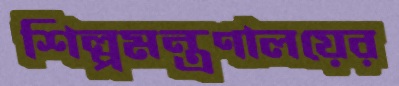
শিল্পমন্ত্রণালয়ের